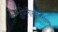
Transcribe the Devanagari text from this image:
जमिनीखालीच